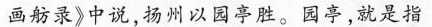
画舫录》中说，扬州以园亭胜。园亭，就是指